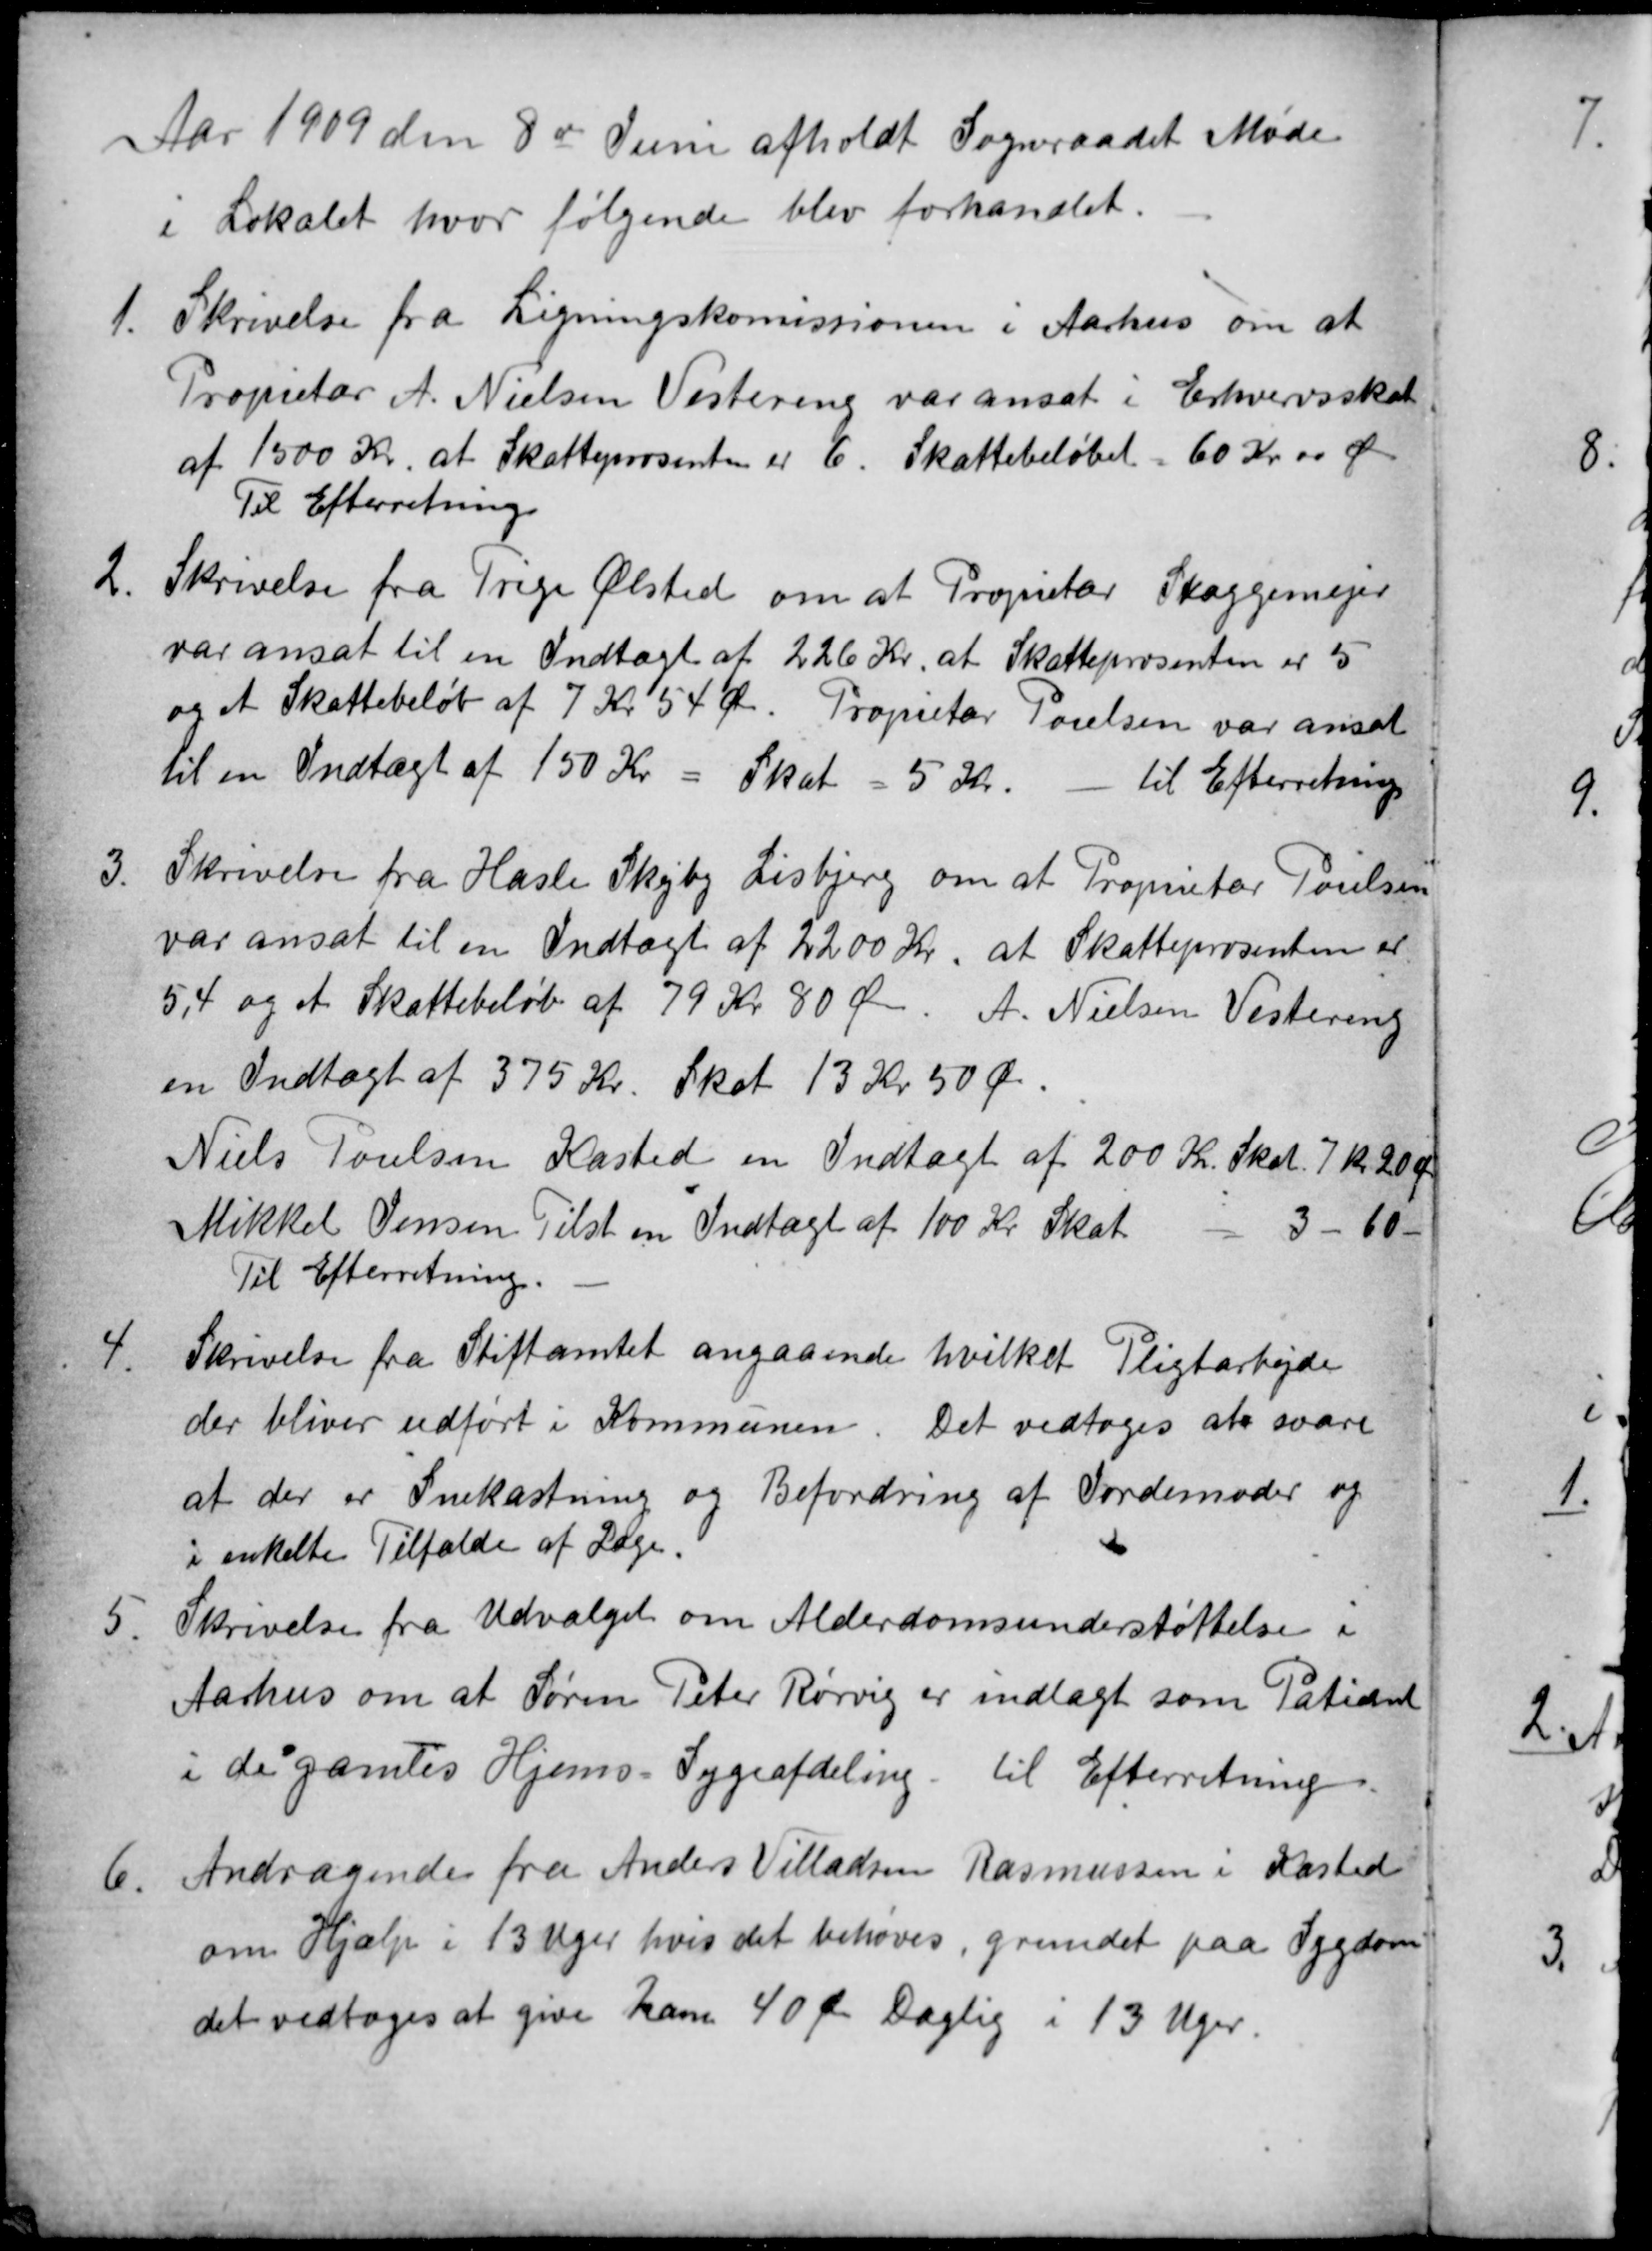
Transskription:
Aar 1909 den 8de Juni afholdt Sogneraadet Møde
i Lokalet, hvor følgende blev forhandlet.
1.
Skrivelse fra Ligningskomissionen i Aarhus om at
Proprietær A. Nielsen Vestereng var ansat i Erhvervsskat
af 1500 Kr. at Skatteprosenten er 6. Skattebeløbet 60 Kr. 00 Øre
Til Efterretning
2.
Skrivelse fra Trige Ølsted om at Propietær Skaggemejer
var ansat til en Indtægt af 226 Kr. at Skatteprosenten er 5
og et Skattebeløb af 7 Kr. 54 Øre. Proprietær Poulsen var ansat
til en Indtægt af 150 Kr = Skat 5 Kr.
til Efterretning
3.
Skrivelse fra Hasle Skejby Lisbjerg om at Proprietær Poulsen
var ansat til en Indtægt af 2200 Kr, at Skatteprosenten af
5,4 og et Skattebeløb af 79 Kr 80 Øre. A. Nielsen Vestereng
en Indtægt af 375 Kr. Skat 13 Kr 50 Øre.
Niels Poulsen Kasted en Indtægt af 200 Kr. Skat. 7 kr 20 Øre
Mikkel Jensen Tilst en Indtægt af 100 Kr Skat
3 60
Til Efterretning.
4.
Skrivelse fra Stiftamtet angaaende hvilket Pligtarbejde
der bliver udført i Kommunen. Det vedtoges at svare
at der er Snekastning og Befordring af Jordemoder og
i enkelte Tilfælde af Læge.
5.
Skrivelse fra Udvalget om Alderdomsunderstøttelse i
Aarhus om at Søren Peter Rørvig er indlagt som Patient
i de gamles Hjems-Sygeafdeling. til Efterretning.
6.
Andragende fra Anders Villadsen Rasmussen i Kasted
om Hjælp i 13 Uger hvis det behøves, grundet paa Sygdom
det vedtoges at give ham 40 Øre Daglig i 13 Uger.